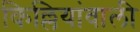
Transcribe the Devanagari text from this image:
किल्लियांवाली